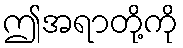
ဤအရာတို့ကို